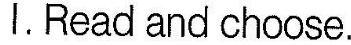
l.Read and choose.